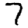
Digit: 7